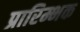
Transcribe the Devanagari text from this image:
प्रारिम्भक